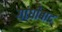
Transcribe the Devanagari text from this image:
गांधीबाद